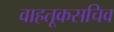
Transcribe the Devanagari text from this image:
वाहतूकसचिव